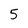
Character: 5